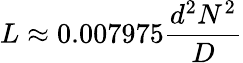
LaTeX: L\approx 0.007975{\frac{d^{2}N^{2}}{D}}